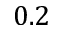
0 . 2